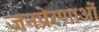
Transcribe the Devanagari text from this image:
जनप्रेरणाओं